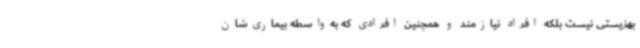
بهزیستی نیست بلکه افراد نیازمند و همچنین افرادی که به‌واسطه بیماری‌شان